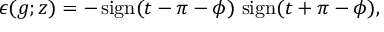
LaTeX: \epsilon ( g ; z ) = - \, \mathrm { s i g n } ( t - \pi - \phi ) \, \, \mathrm { s i g n } ( t + \pi - \phi ) ,